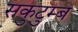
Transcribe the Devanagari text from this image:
सकुटुम्ब